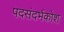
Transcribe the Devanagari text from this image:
पदसंदर्भकोश